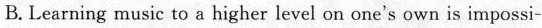
B. Learning music to a higher level on one's own is impossi -